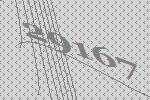
29167